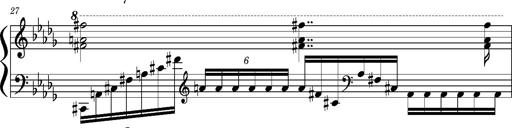
Title: Concerto sans orchestre, S.524a
Composer: Franz Liszt
Key: A major